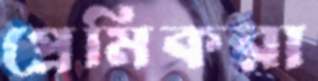
প্রেমিকরা